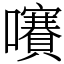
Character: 㘔